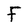
Character: F